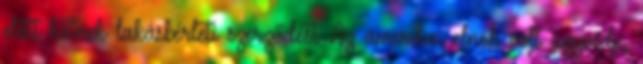
előtt kötnek lakásbérleti szerződést Az amerikai elnök volt ügyvédje,